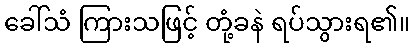
ခေါ်သံ ကြားသဖြင့် တုံ့ခနဲ ရပ်သွားရ၏။